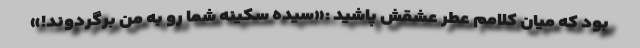
بود که میان کلامم عطر عشقش پاشید :«سیده سکینه شما رو به من برگردوند!»